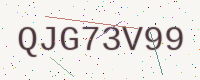
Text: QJG73V99